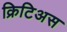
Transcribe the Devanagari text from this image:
क्रिटिअस